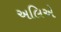
અલિએ